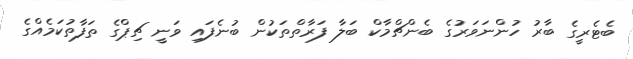
ބެޓެރީގެ ބާރު ހުންނަވަރުގެ ބެންޗްމާކް ބަލާ ފަރާތްތަކުން ބުނެފައި ވަނީ ޗިޕްގެ ތަފާތުކަމެއްގެ